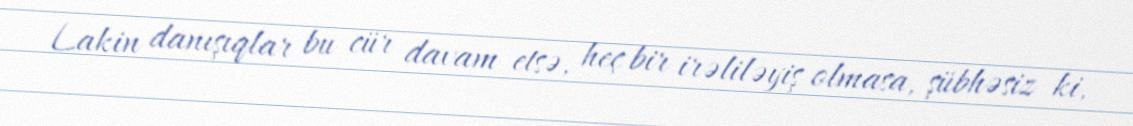
Lakin danışıqlar bu cür davam etsə, heç bir irəliləyiş olmasa, şübhəsiz ki,